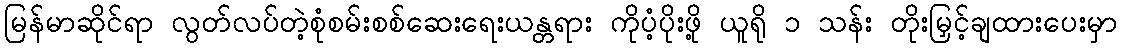
မြန်မာဆိုင်ရာ လွတ်လပ်တဲ့စုံစမ်းစစ်ဆေးရေးယန္တရား ကိုပံ့ပိုးဖို့ ယူရို ၁ သန်း တိုးမြှင့်ချထားပေးမှာ